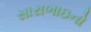
સારાભાઇનો